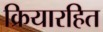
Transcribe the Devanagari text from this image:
क्रियारहित